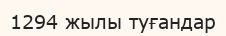
1294 жылы туғандар